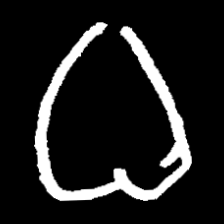
Pyu character \u2014 Myanmar letter: ဓ (romanized: dha)